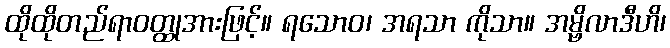
ထိုထိုတည်ရာဝတ္ထုအားဖြင့်။ ရသောဝ၊ အရသာ ကိုသာ။ အမ္ဗိလာဒီဟိ၊